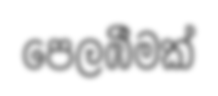
පෙලඹීමක්